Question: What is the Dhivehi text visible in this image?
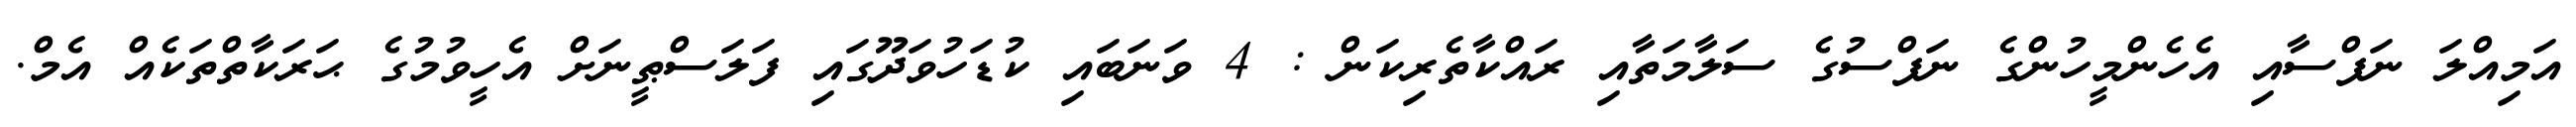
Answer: އަމިއްލަ ނަފްސާއި އެހެންމީހުންގެ ނަފްސުގެ ސަލާމަތާއި ރައްކާތެރިކަން : 4 ވަނަބައި ކުޑަހުވަދޫގައި ފަލަސްޠީނަށް އެހީވުމުގެ ޙަރަކާތްތަކެއް އެމް.